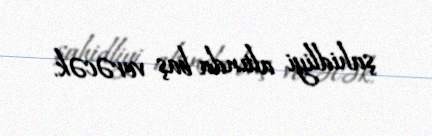
şahidliyi altında baş verəcək.